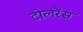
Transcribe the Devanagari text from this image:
टोलरेंस